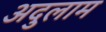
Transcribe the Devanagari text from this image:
अदुलाम